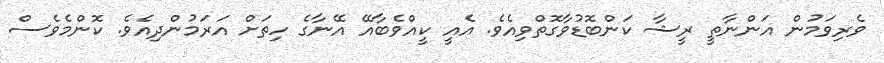
ވެރިވަމުން އަންނާާތީ ރީޝާ ކަންބޮޑުވާގޮތްވިއެވެ. އެއީ ކީއްވެބާއޭ އޭނާގެ ހިތަށް އަރަމުންދިއެވެ. ކޮންމެވެސް